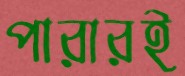
পারারই